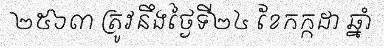
២៥៦៣ ត្រូវនឹងថ្ងៃទី២៤ ខែកក្កដា ឆ្នាំ